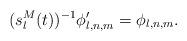
LaTeX: \begin{align*}(s_{l}^{M}(t))^{-1}\phi_{l,n,m}^{\prime}=\phi_{l,n,m}.\end{align*}